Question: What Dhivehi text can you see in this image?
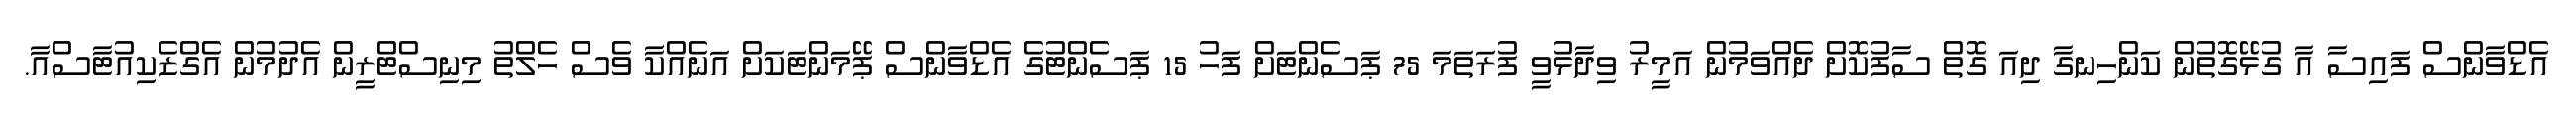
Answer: އެޑްވާންސް ފައިސާ އާ ގުޅޭގޮތުން ކަންހިނގާ ދިއަ ގޮތް ސާފުކޮށް ދެއްވަމުން އަމީރު ވިދާޅުވީ ފުރަތަމަ 75 ޕަސެންޓަށް ފަހު 15 ޕަސެންޓުގެ އެޑްވާންސް ޕޭމަންޓަކަށް އަނެއްކާ ވެސް ހެލްތު މިނިސްޓްރީން އެދުމުން އެގްޒެކިއުޓާސްއާ.